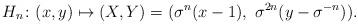
LaTeX: \begin{align*} H_n\colon (x, y)\mapsto (X, Y) = (\sigma^n(x - 1),\ \sigma^{2n}(y - \sigma^{-n})).\end{align*}